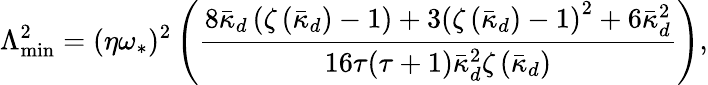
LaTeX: \Lambda_{\mathrm{min}}^{2}=(\eta\omega_{\ast})^{2}\left(\frac{8\bar{\kappa}_{d}\left(\zeta\left(\bar{\kappa}_{d}\right)-1\right)+3\left(\zeta\left(\bar{\kappa}_{d}\right)-1\right)^{2}+6\bar{\kappa}_{d}^{2}}{16\tau(\tau+1)\bar{\kappa}_{d}^{2}\zeta\left(\bar{\kappa}_{d}\right)}\right),